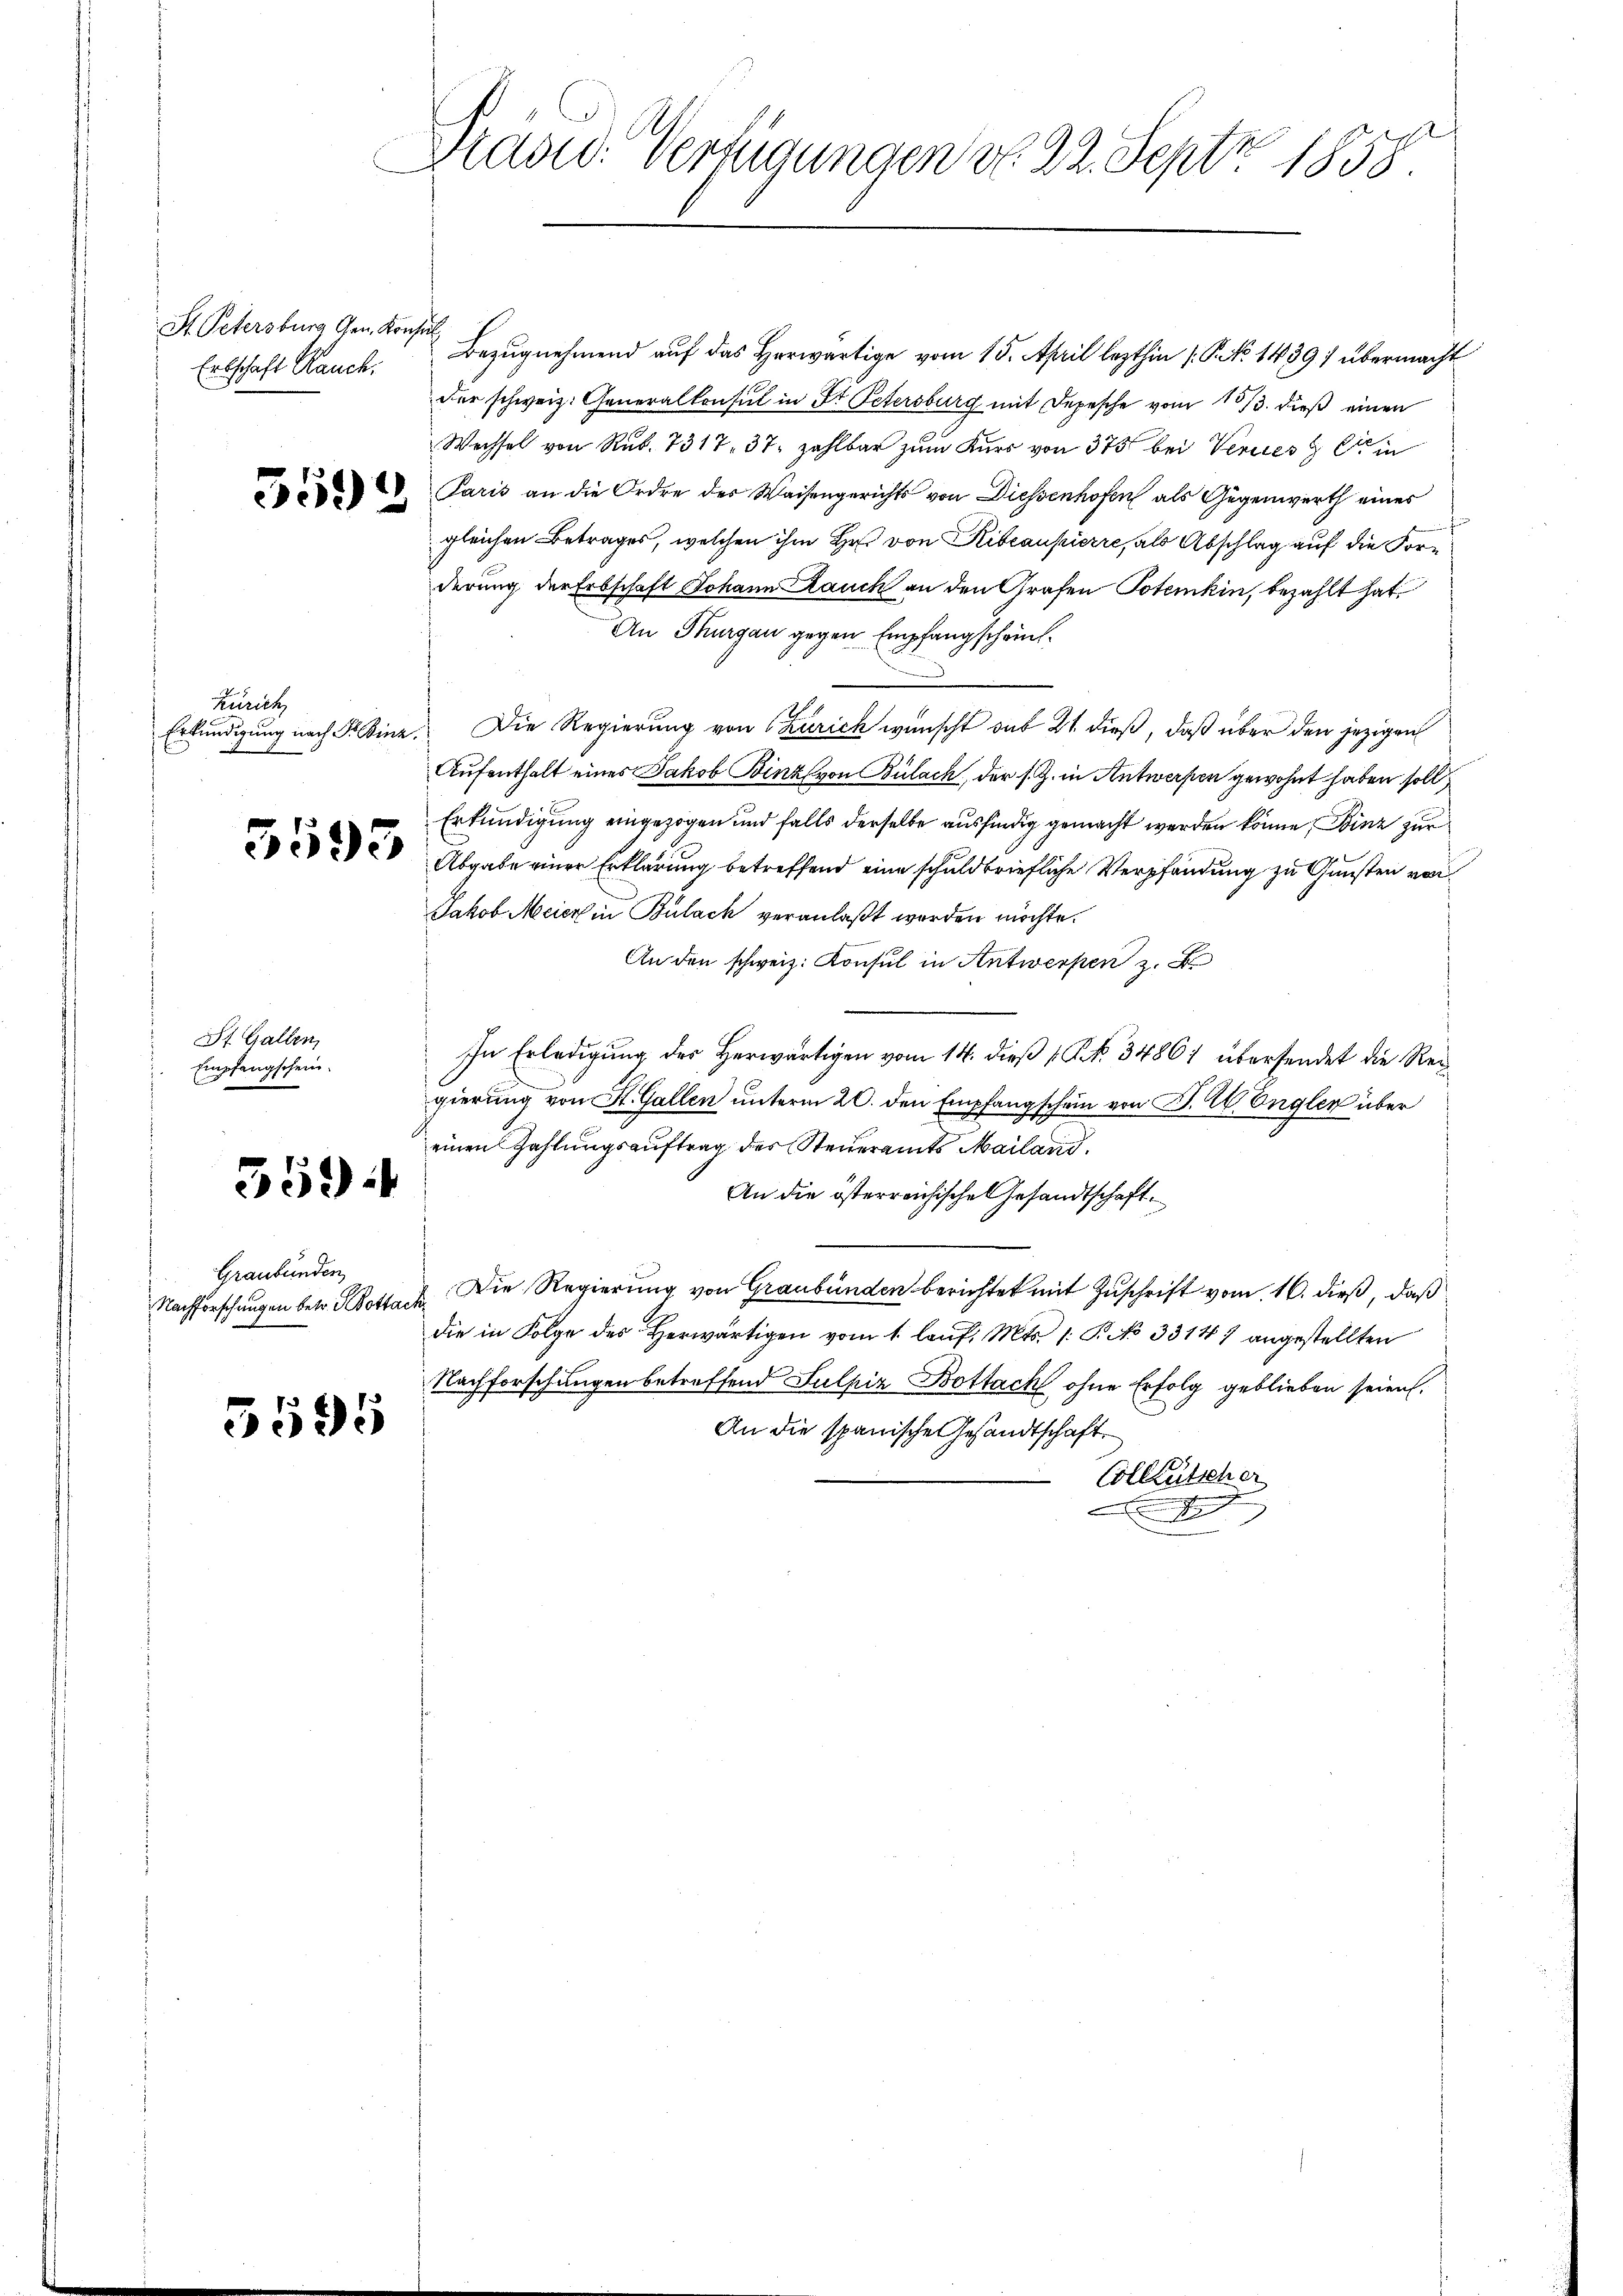
S. Petersburg Gen. Konsul
Ertschaft Rauch.

St. Gallen,
Empfangschein.

5594

Zürich

359

Graubünden

3595

Stand. Verfügungen do 22. Sept. 1858.

Bezugnehmend auf das Herwärtige vom 15. April lezthin (: P. No 1439) übermacht
der schweiz. Generalkonsul in St. Petersburg mit Depesche vom 10/3. dieß einen
Wechsel von Rub. 7317. 37. zahlbar zum Kurs von 375 bei Vereies & Cie in
Paris an die Ordre des Waisengerichts von Diessenhofen als Gegenwerth eines
gleichen Betrages, welchen ihm Hr. von Ritcaupierre, als Abschlag auf die Forderung der Erbschaft Johann Lauch an den Grafen Totenkin, bezahlt hat
An Thurgau gegen Empfangschrich¬
Erkundigung nach F. Binz. Die Regierung von Szurich wünscht aus 21 dieß, daß über den jezigen
Aufenthalt eines Jakob Binz von Bülach, der s. Z. in Antwerfen gewohnt haben soll
Erkundigung eingezogen und falls derselbe ausfindig gemacht werden könne, Binz zur
2 Abgabe einer Erklärung betreffend eine schuldbriefliche Verpfändung zu Gunsten von
Jakob Meier in Bulach veranlaßt werden möchte.
An den schweiz. Konsul in Antwerpen z. B.
In Erledigung der Herwärtigen vom 14. dieß (C. N. 34861 übersendet die Reigierung von St. Gallen unterm 20. den Empfangschein von P. C. Engler über
einen Zahlungsauftrag des Steueramts Mailand.
An die österreichische Gesandtschaft
Nachforschungen betr. Bottack Die Regierung von Graubünden berichtet mit Zuschrift vom 16. dieß, daß
die in Folge des Herwärtigen vom 1. lauf. Mts. 1. P. No 33147 angestellten
Nachforschungen betreffend Sulpir Bottach ohne Erfolg geblieben seien.
An die spanische Gesandtschaft.
Colleutscher
e